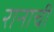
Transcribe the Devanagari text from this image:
रानाची